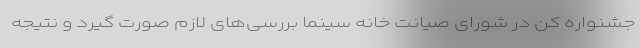
جشنواره کن در شورای صیانت خانه سینما بررسی‌های لازم صورت گیرد و نتیجه